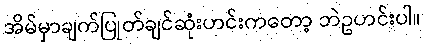
အိမ်မှာချက်ပြုတ်ချင်ဆုံးဟင်းကတော့ ဘဲဥဟင်းပါ။